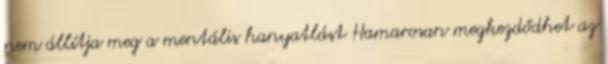
nem állítja meg a mentális hanyatlást Hamarosan megkezdődhet az